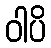
ဝါပိ